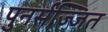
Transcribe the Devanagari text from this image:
पुनर्सज्जित